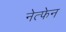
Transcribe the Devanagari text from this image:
नेत्फेन